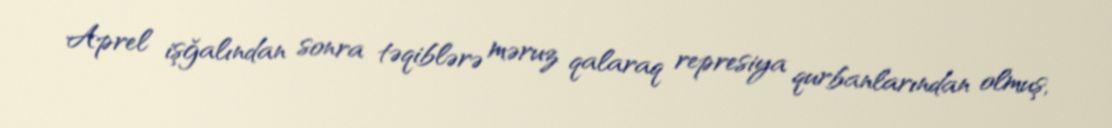
Aprel işğalından sonra təqiblərə məruz qalaraq represiya qurbanlarından olmuş,